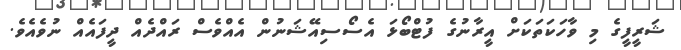
ޝަރީފީގެ މި ވާހަކަތަކަށް އީރާނުގެ ފުޓްބޯޅަ އެސޯސިއޭޝަނުން އެއްވެސް ރައްދެއް ދީފައެއް ނުވެއެވެ.